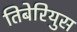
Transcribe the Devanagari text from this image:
तिबेरियुस